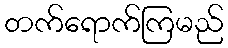
တက်ရောက်ကြမည်